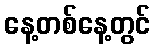
နေ့တစ်နေ့တွင်